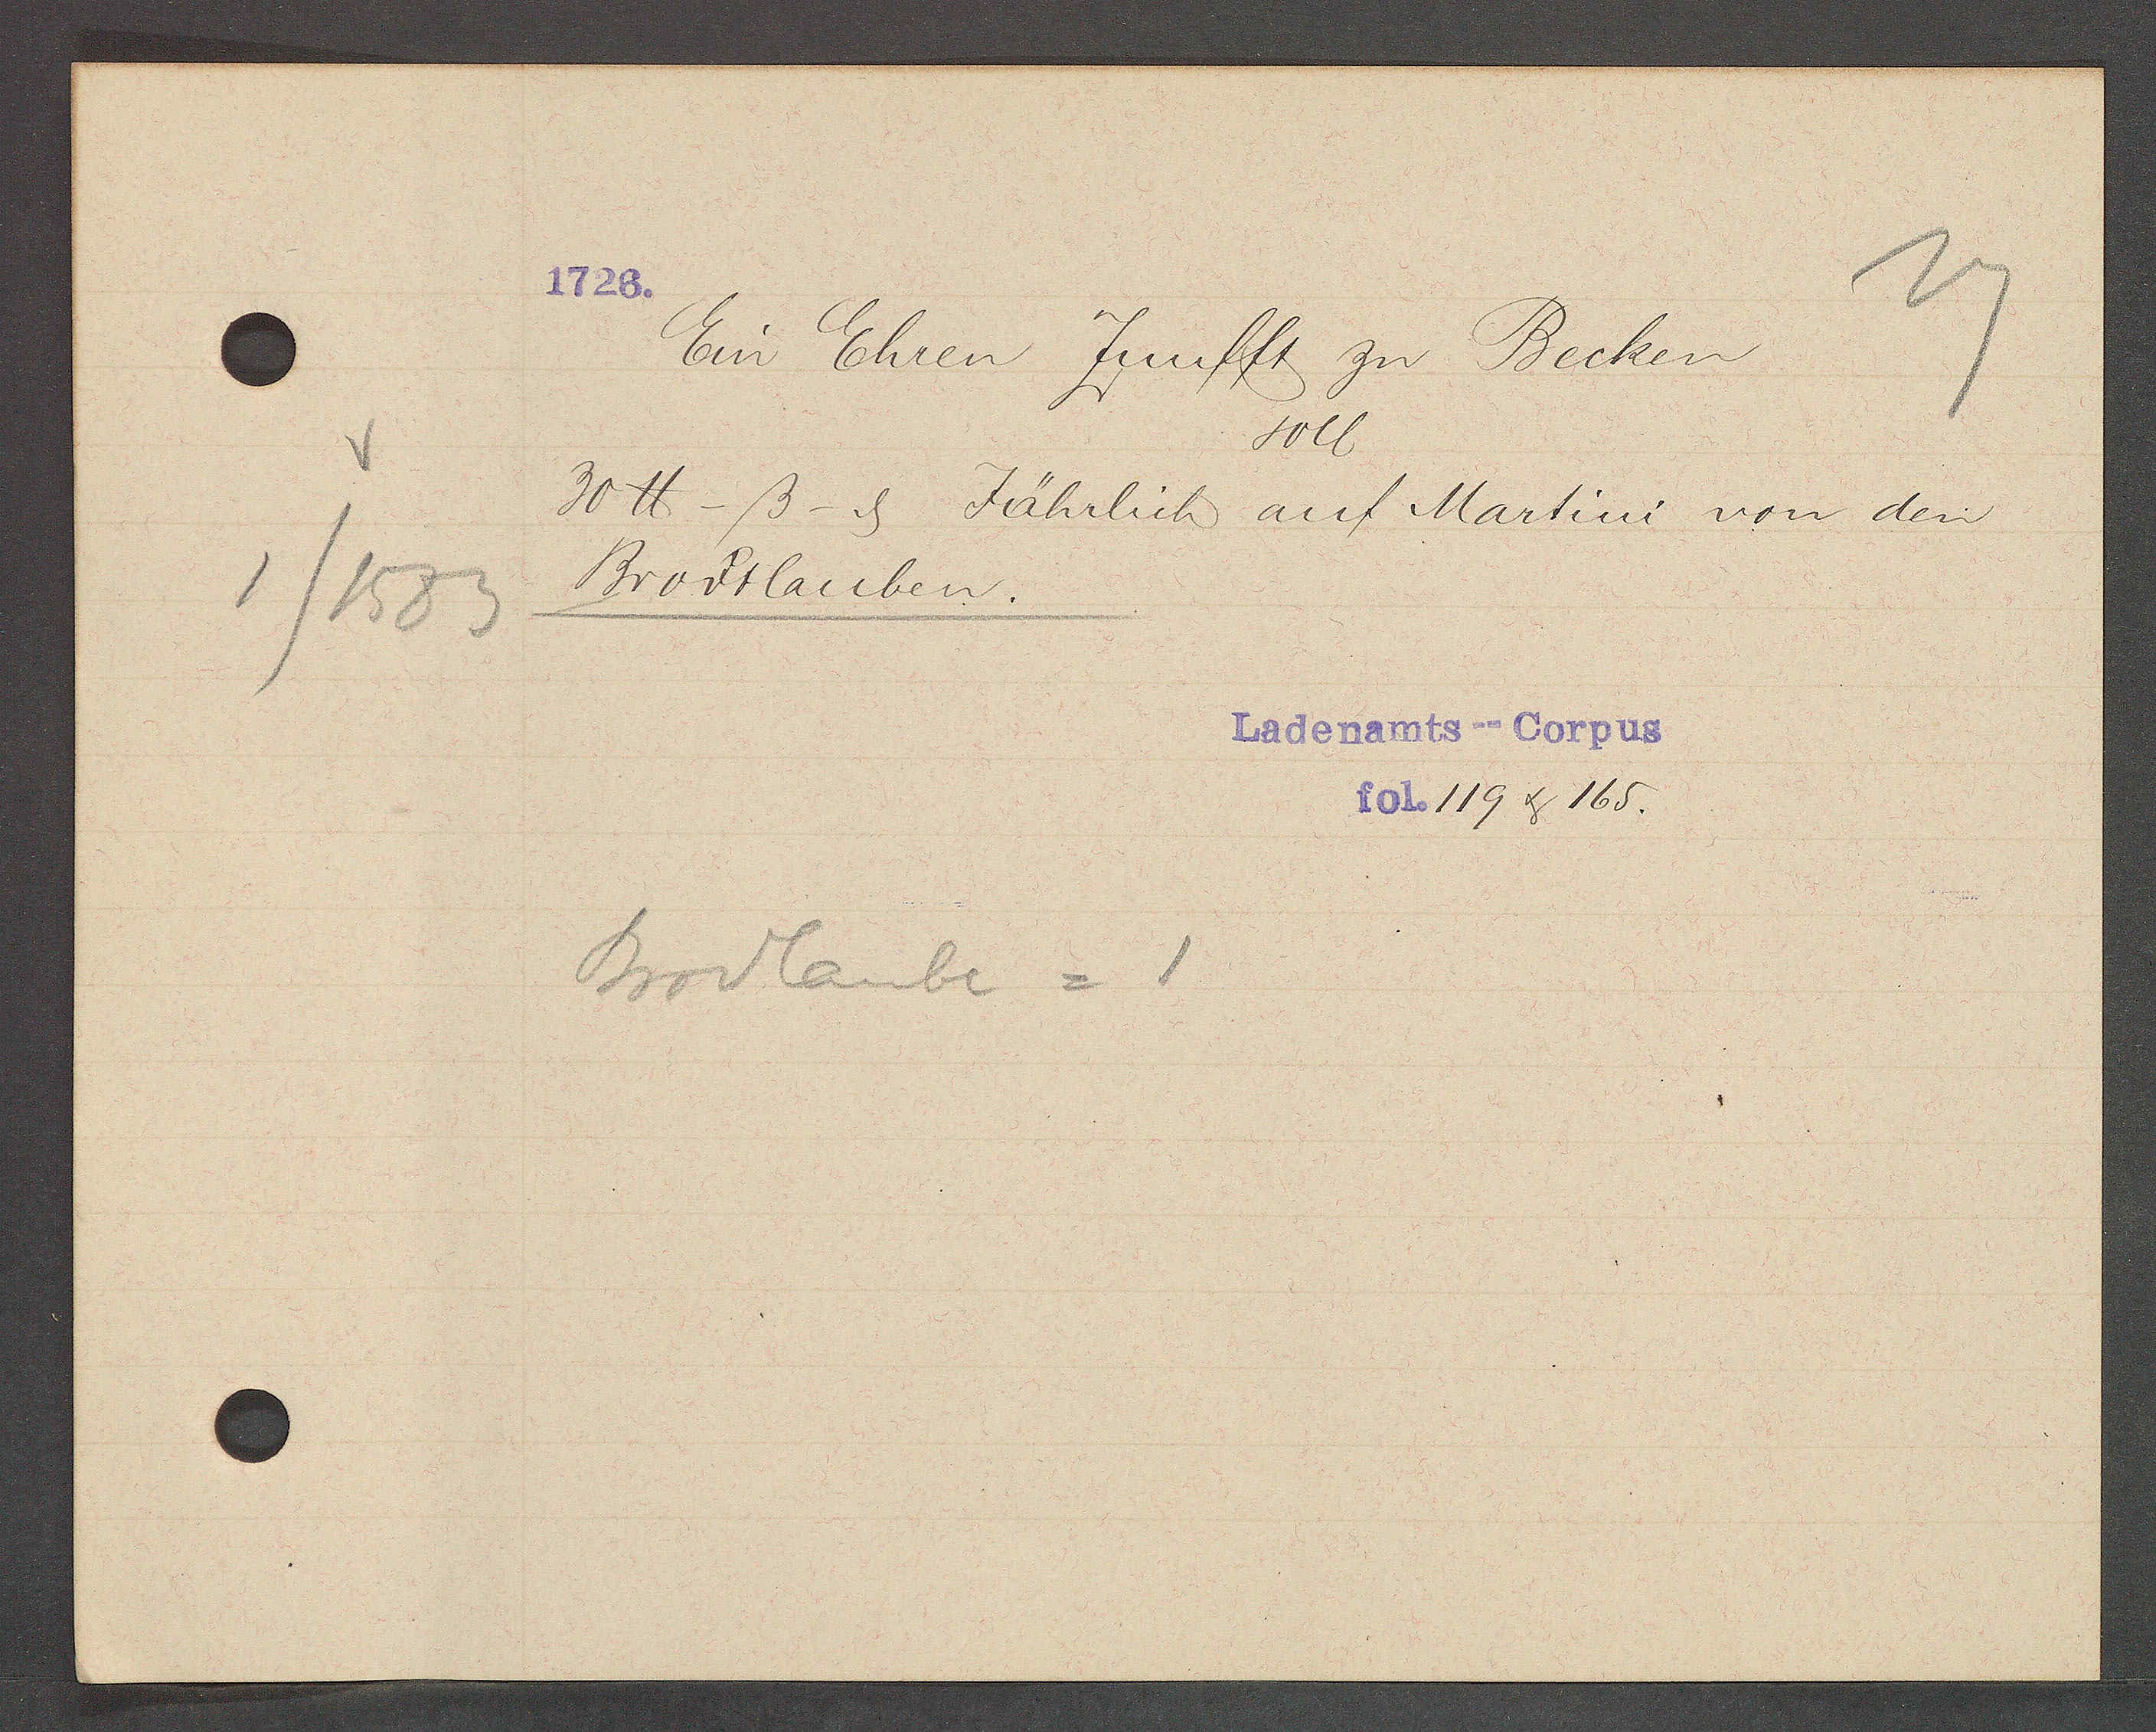
Transcript:
1/1583

1726.

Ein Ehren Zunfft zu Becken
soll
30 ℔ -ß- ȡ Jährlich auf Martini von den
Brodtlauben.

Brodlaube = 1

Ladenamts--Corpus
fol. 119 & 165.